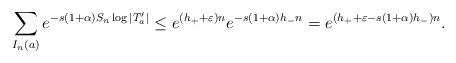
LaTeX: \begin{align*}\sum_{I_n (a)} e^{- s (1 + \alpha) S_n \log |T_a'|} \leq e^{(h_+ + \varepsilon) n} e^{- s (1 + \alpha) h_- n} = e^{(h_+ + \varepsilon - s (1 + \alpha) h_-) n}.\end{align*}